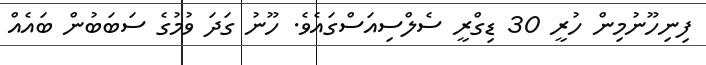
ފިނިހޫނުމިން ހުރީ 30 ޑިގްރީ ސެލްސިއަސްގައެވެ. ހޫނު ގަދަ ވުމުގެ ސަބަބުން ބައެއް